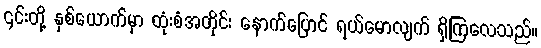
၎င်းတို့ နှစ်ယောက်မှာ ထုံးစံအတိုင်း နောက်ပြောင် ရယ်မောလျက် ရှိကြလေသည်။